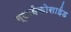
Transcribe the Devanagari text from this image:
ग्लाईकोसाईड